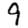
Digit: 9